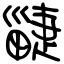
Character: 疀